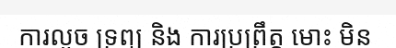
ការលួច ទ្រព្យ និង ការប្រព្រឹត្ត មោះ មិន